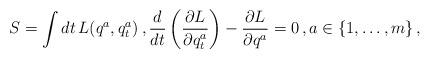
LaTeX: \begin{align*}S=\int dt \, L(q^a,q^a_t)\,, \frac{d}{dt} \left(\frac{\partial L}{\partial q^a_t}\right) - \frac{\partial L}{\partial q^a}=0\,,a\in \{1,\ldots,m\}\,,\end{align*}